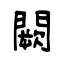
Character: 闕